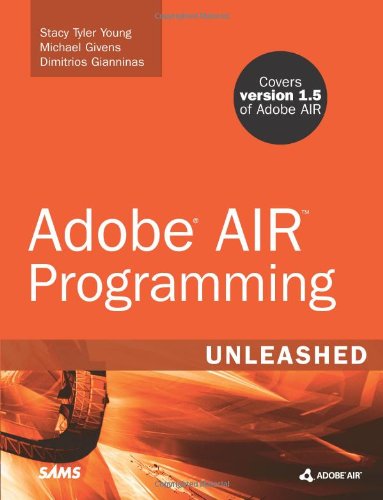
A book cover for Adobe AIR Programming Unleashed; Stacy Tyler Young; Computers & Technology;